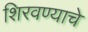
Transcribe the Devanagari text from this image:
शिरवण्याचे